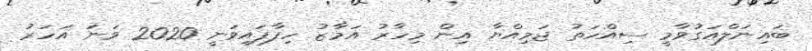
ބައިނަލްއަގުވާމީ ސިއްހަތު ޖަމިއްޔާ އިން މިހާރު އަމާޒު ހިފާފައިވަނީ 2020 ވަނަ އަހަރު